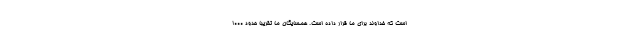
است که خداوند برای ما قرار داده است. همسایگان ما تقریبا حدود 1000